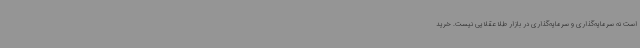
است نه سرمایه‌گذاری و سرمایه‌گذاری در بازار طلا عقلایی نیست. خرید